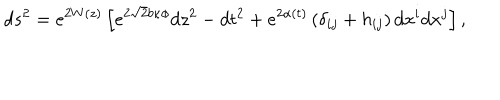
d s ^ { 2 } = e ^ { 2 W ( z ) } \left[ e ^ { 2 \sqrt { 2 } b \kappa \phi } d z ^ { 2 } - d t ^ { 2 } + e ^ { 2 \alpha ( t ) } \left( \delta _ { i j } + h _ { i j } \right) d x ^ { i } d x ^ { j } \right] ,